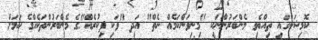
ކޮމިޝަންގައި ތިއްބެވި މެންބަރުންނަކީ "މިނިވަންކަމެއް ނެތް" އަދި "ވަކި ފިކުރެއް"ގެ މެންބަރުންތަކެއްގެ ކަމަށް